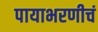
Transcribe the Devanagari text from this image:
पायाभरणीचं